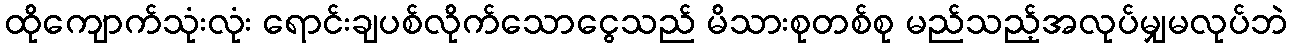
ထိုကျောက်သုံးလုံး ရောင်းချပစ်လိုက်သောငွေသည် မိသားစုတစ်စု မည်သည့်အလုပ်မျှမလုပ်ဘဲ